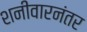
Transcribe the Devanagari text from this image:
शनीवारनंतर